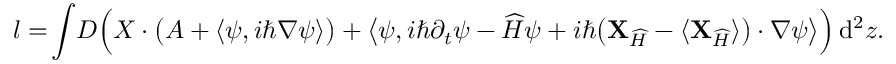
l = \! \int \! D \Big ( \boldsymbol { \cal X } \cdot \big ( \boldsymbol { \cal A } + \langle \psi , i \hbar \nabla \psi \rangle \big ) + \big \langle \psi , i \hbar \partial _ { t } \psi - { \widehat { H } } \psi + i \hbar \big ( { { \mathbf { X } } } _ { \widehat { H } } - \langle { { \mathbf { X } } } _ { \widehat { H } } \rangle \big ) \cdot \nabla \psi \big \rangle \Big ) \, \mathrm { d } ^ { 2 } z .